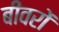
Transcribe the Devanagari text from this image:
बीवरों